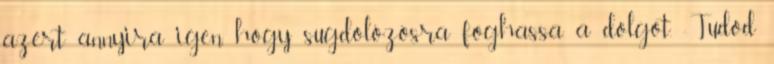
azért annyira igen, hogy sugdolózósra foghassa a dolgot. -Tudod